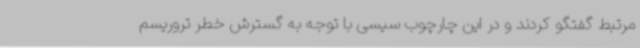
مرتبط گفتگو کردند و در این چارچوب سیسی با توجه به گسترش خطر تروریسم